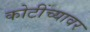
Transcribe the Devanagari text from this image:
कोटींच्यावर